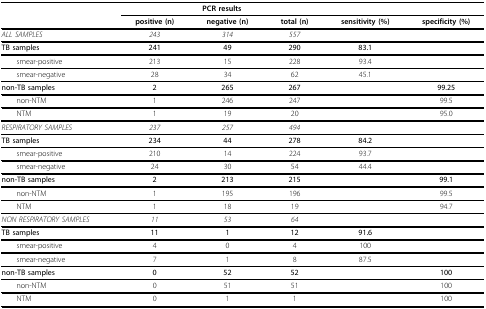
<table><thead><tr><td></td><td colspan="3"><b>PCR results</b></td><td></td><td></td></tr><tr><td></td><td><b>positive (n)</b></td><td><b>negative (n)</b></td><td><b>total (n)</b></td><td><b>sensitivity (%)</b></td><td><b>specificity (%)</b></td></tr></thead><tbody><tr><td><i>ALL SAMPLES</i></td><td><i>243</i></td><td><i>314</i></td><td><i>557</i></td><td></td><td></td></tr><tr><td><b>TB samples</b></td><td><b>241</b></td><td><b>49</b></td><td><b>290</b></td><td><b>83.1</b></td><td></td></tr><tr><td> smear-positive</td><td>213</td><td>15</td><td>228</td><td>93.4</td><td></td></tr><tr><td> smear-negative</td><td>28</td><td>34</td><td>62</td><td>45.1</td><td></td></tr><tr><td><b>non-TB samples</b></td><td><b>2</b></td><td><b>265</b></td><td><b>267</b></td><td></td><td><b>99.25</b></td></tr><tr><td> non-NTM</td><td>1</td><td>246</td><td>247</td><td></td><td>99.5</td></tr><tr><td> NTM</td><td>1</td><td>19</td><td>20</td><td></td><td>95.0</td></tr><tr><td><i>RESPIRATORY SAMPLES</i></td><td><i>237</i></td><td><i>257</i></td><td><i>494</i></td><td></td><td></td></tr><tr><td><b>TB samples</b></td><td><b>234</b></td><td><b>44</b></td><td><b>278</b></td><td><b>84.2</b></td><td></td></tr><tr><td> smear-positive</td><td>210</td><td>14</td><td>224</td><td>93.7</td><td></td></tr><tr><td> smear-negative</td><td>24</td><td>30</td><td>54</td><td>44.4</td><td></td></tr><tr><td><b>non-TB samples</b></td><td><b>2</b></td><td><b>213</b></td><td><b>215</b></td><td></td><td><b>99.1</b></td></tr><tr><td> non-NTM</td><td>1</td><td>195</td><td>196</td><td></td><td>99.5</td></tr><tr><td> NTM</td><td>1</td><td>18</td><td>19</td><td></td><td>94.7</td></tr><tr><td><i>NON RESPIRATORY SAMPLES</i></td><td><i>11</i></td><td><i>53</i></td><td><i>64</i></td><td></td><td></td></tr><tr><td><b>TB samples</b></td><td><b>11</b></td><td><b>1</b></td><td><b>12</b></td><td><b>91.6</b></td><td></td></tr><tr><td> smear-positive</td><td>4</td><td>0</td><td>4</td><td>100</td><td></td></tr><tr><td> smear-negative</td><td>7</td><td>1</td><td>8</td><td>87.5</td><td></td></tr><tr><td><b>non-TB samples</b></td><td><b>0</b></td><td><b>52</b></td><td><b>52</b></td><td></td><td><b>100</b></td></tr><tr><td> non-NTM</td><td>0</td><td>51</td><td>51</td><td></td><td>100</td></tr><tr><td> NTM</td><td>0</td><td>1</td><td>1</td><td></td><td>100</td></tr></tbody></table>